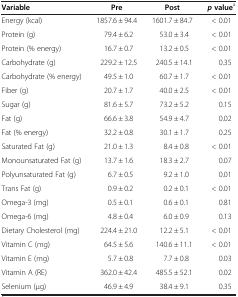
| Variable | Pre | Post | pvaluea |
 | --- | --- | --- | --- |
 | Energy (kcal) | 1857.6 ± 94.4 | 1601.7 ± 84.7 | < 0.01 |
 | Protein (g) | 79.4 ± 6.2 | 53.0 ± 3.4 | < 0.01 |
 | Protein (% energy) | 16.7 ± 0.7 | 13.2 ± 0.5 | < 0.01 |
 | Carbohydrate (g) | 229.2 ± 12.5 | 240.5 ± 14.1 | 0.35 |
 | Carbohydrate (% energy) | 49.5 ± 1.0 | 60.7 ± 1.7 | < 0.01 |
 | Fiber (g) | 20.7 ± 1.7 | 40.0 ± 2.5 | < 0.01 |
 | Sugar (g) | 81.6 ± 5.7 | 73.2 ± 5.2 | 0.15 |
 | Fat (g) | 66.6 ± 3.8 | 54.9 ± 4.7 | 0.02 |
 | Fat (% energy) | 32.2 ± 0.8 | 30.1 ± 1.7 | 0.25 |
 | Saturated Fat (g) | 21.0 ± 1.3 | 8.4 ± 0.8 | < 0.01 |
 | Monounsaturated Fat (g) | 13.7 ± 1.6 | 18.3 ± 2.7 | 0.07 |
 | Polyunsaturated Fat (g) | 6.7 ± 0.5 | 9.2 ± 1.0 | 0.01 |
 | Trans Fat (g) | 0.9 ± 0.2 | 0.2 ± 0.1 | < 0.01 |
 | Omega-3 (mg) | 0.5 ± 0.1 | 0.6 ± 0.1 | 0.81 |
 | Omega-6 (mg) | 4.8 ± 0.4 | 6.0 ± 0.9 | 0.13 |
 | Dietary Cholesterol (mg) | 224.4 ± 21.0 | 12.2 ± 5.1 | < 0.01 |
 | Vitamin C (mg) | 64.5 ± 5.6 | 140.6 ± 11.1 | < 0.01 |
 | Vitamin E (mg) | 5.7 ± 0.8 | 7.7 ± 0.8 | 0.03 |
 | Vitamin A (RE) | 362.0 ± 42.4 | 485.5 ± 52.1 | 0.02 |
 | Selenium (μg) | 46.9 ± 4.9 | 38.4 ± 9.1 | 0.35 |